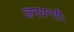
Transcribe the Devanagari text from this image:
जनयन्तीः